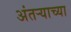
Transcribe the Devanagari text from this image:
अंतऱ्याच्या